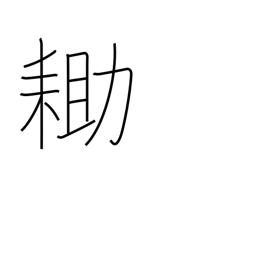
Meaning: spade